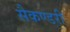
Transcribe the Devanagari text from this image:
सैकण्‍डरी